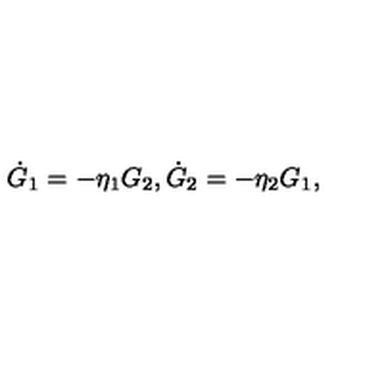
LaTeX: \dot { G } _ { 1 } = - \eta _ { 1 } G _ { 2 } , \dot { G } _ { 2 } = - \eta _ { 2 } G _ { 1 } ,